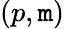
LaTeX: (p,\mathtt{m})